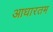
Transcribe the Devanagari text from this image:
आधारतम